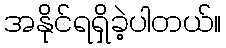
အနိုင်ရရှိခဲ့ပါတယ်။